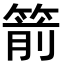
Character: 箭